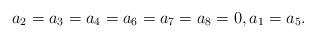
LaTeX: \begin{align*}a_2=a_3=a_4=a_6=a_7=a_8=0, a_1=a_5.\end{align*}